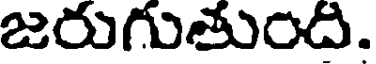
జరుగుతుంది.